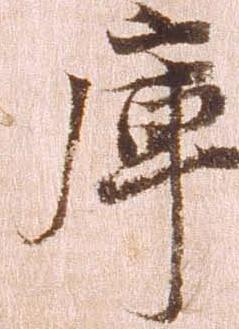
庫